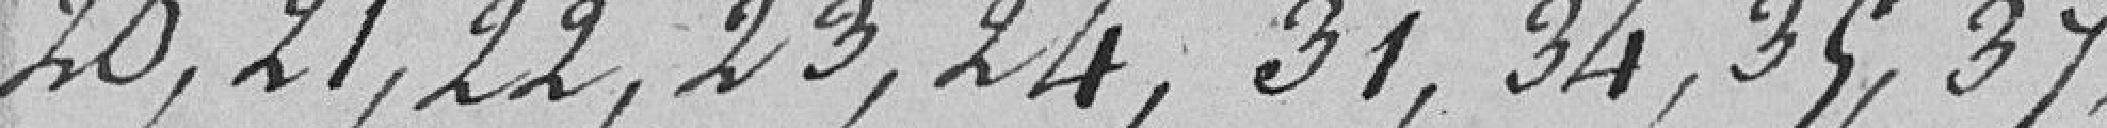
20, 21, 22, 23, 24, 31, 34, 35, 37,